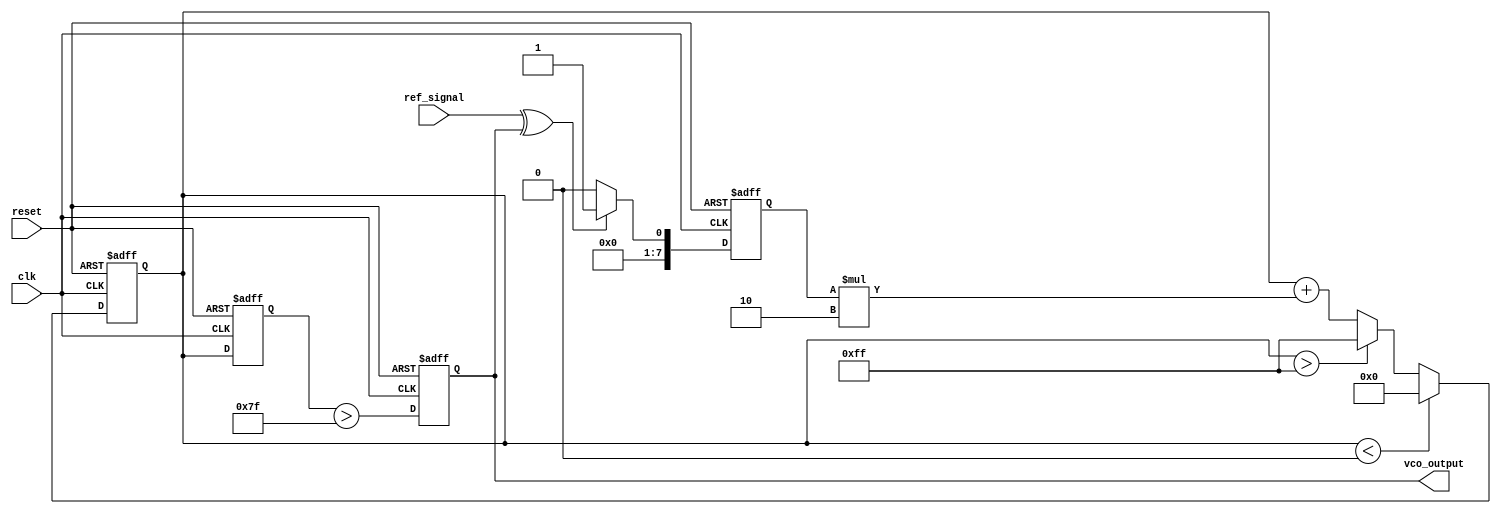
module ctpll (
    input wire clk,             // System clock
    input wire reset,           // Reset signal
    input wire ref_signal,      // Reference signal input
    output reg vco_output       // VCO output
);

// Parameters
parameter PHASE_GAIN = 8'h01; // Gain for the phase detector
parameter FILTER_GAIN = 8'h02; // Gain for loop filter
parameter VCO_MAX_FREQ = 8'd255; // Maximum VCO frequency
parameter VCO_MIN_FREQ = 8'd0;   // Minimum VCO frequency

// Internal signals
reg [7:0] phase_error;         // Phase error signal from PD
reg [7:0] control_voltage;      // Control voltage for VCO
reg [7:0] vco_frequency;        // Current frequency of VCO

// Phase Detector (PD) - Simple XOR for phase comparison
always @(posedge clk or posedge reset) begin
    if (reset) begin
        phase_error <= 0;
    end else begin
        // Simple phase comparison mechanism
        phase_error <= (ref_signal ^ vco_output) ? PHASE_GAIN : 0;
    end
end

// Loop Filter (LF) - Simple first-order filter
always @(posedge clk or posedge reset) begin
    if (reset) begin
        control_voltage <= 0;
    end else begin
        // Update control voltage based on phase error
        control_voltage <= control_voltage + (phase_error * FILTER_GAIN);
        // Clamp control voltage to VCO frequency limits
        if (control_voltage > VCO_MAX_FREQ) control_voltage <= VCO_MAX_FREQ;
        if (control_voltage < VCO_MIN_FREQ) control_voltage <= VCO_MIN_FREQ;
    end
end

// Voltage-Controlled Oscillator (VCO)
always @(posedge clk or posedge reset) begin
    if (reset) begin
        vco_frequency <= VCO_MIN_FREQ;
        vco_output <= 0;
    end else begin
        // Update VCO frequency based on control voltage
        vco_frequency <= control_voltage;
        // Generate output based on VCO frequency
        vco_output <= (vco_frequency > (VCO_MAX_FREQ / 2)); // Simple toggle for output
    end
end

endmodule